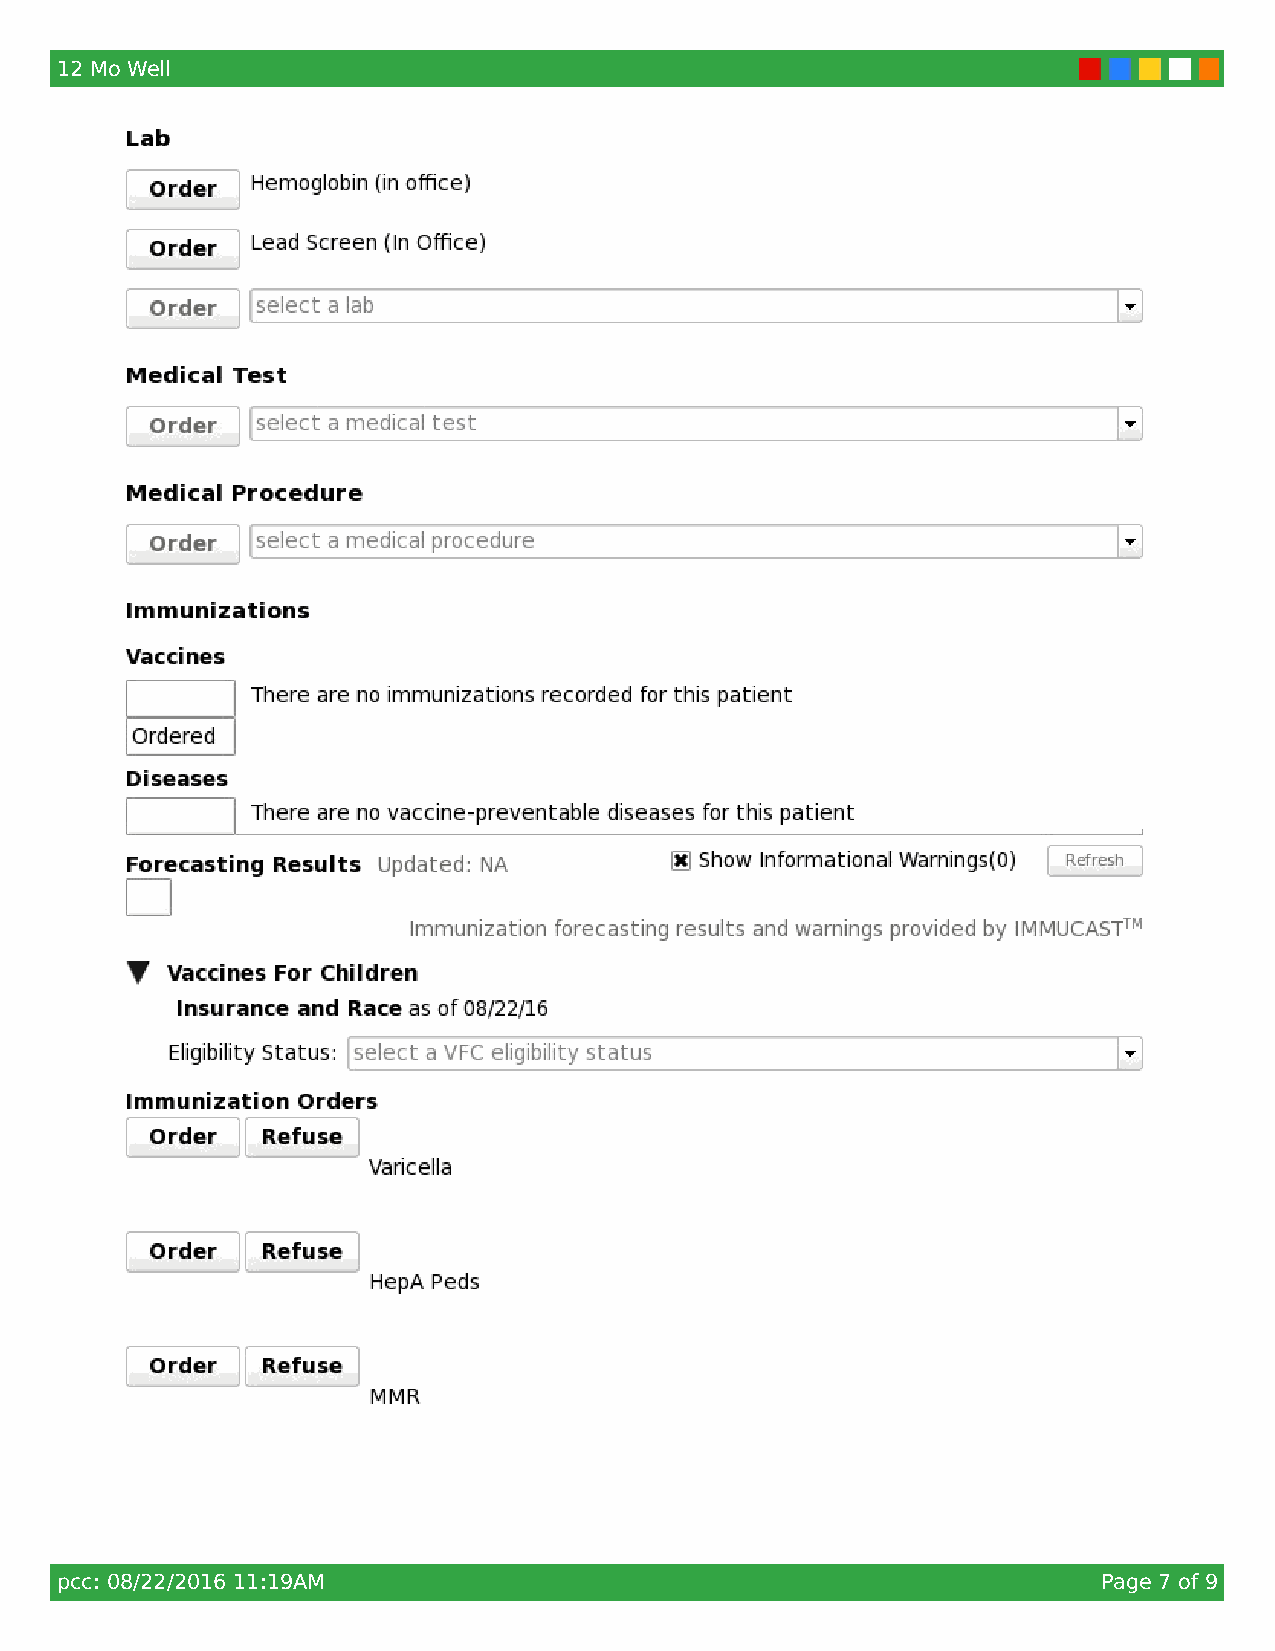
12 Mo Well
 pcc: 08/22/2016 11:19AM                                              Page 7 of 9